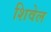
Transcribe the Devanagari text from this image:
शिवेल